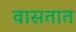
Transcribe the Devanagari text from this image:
वासतात